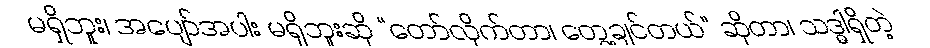
မရှိဘူး၊ အပျော်အပါး မရှိဘူးဆို “တော်လိုက်တာ၊ တွေ့ချင်တယ်” ဆိုတာ၊ သဒ္ဓါရှိတဲ့